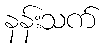
နန်းသက်